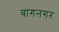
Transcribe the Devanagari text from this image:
बागनगर